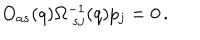
LaTeX: O _ { a s } ( q ) \Omega _ { \ s j } ^ { - 1 } ( q ) p _ { j } = 0 \, .